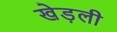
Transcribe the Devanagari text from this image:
खेड़ली